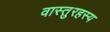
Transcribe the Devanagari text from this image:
वास्तुरहस्य